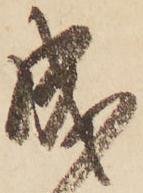
成